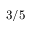
3 / 5